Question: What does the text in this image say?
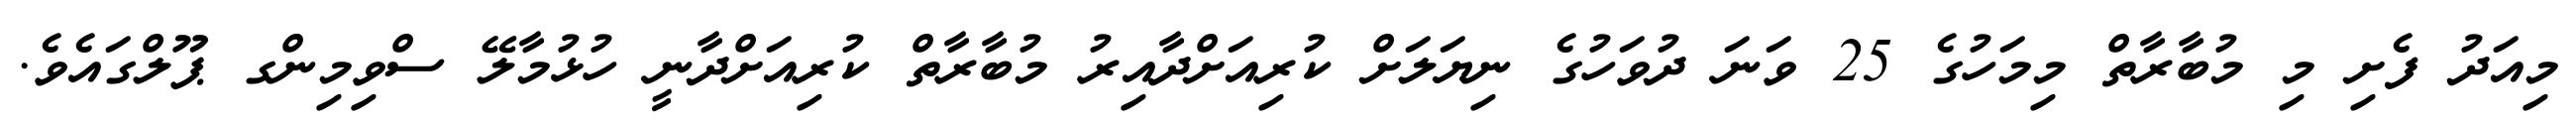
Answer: މިއަދު ފެށި މި މުބާރާތް މިމަހުގެ 25 ވަނަ ދުވަހުގެ ނިޔަލަށް ކުރިއަށްދާއިރު މުބާރާތް ކުރިއަށްދާނީ ހުޅުމާލޭ ސްވިމިންގ ޕޫލްގައެވެ.